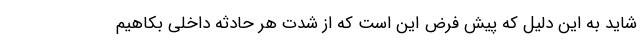
شاید به این دلیل که پیش فرض این است که از شدت هر حادثه داخلی بکاهیم